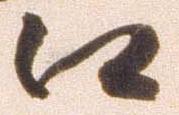
江